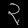
Digit: ၃